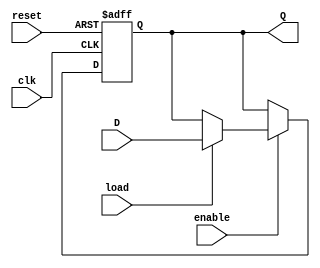
module ControlRegister (
    input wire clk,          // Clock signal
    input wire reset,        // Reset signal
    input wire load,         // Load signal
    input wire enable,       // Enable signal
    input wire [7:0] D,      // Data input (8-bit)
    output reg [7:0] Q       // Data output (8-bit)
);

    // Initial state of the register
    initial begin
        Q = 8'b0; // Default state
    end

    // Sequential logic for the control register
    always @(posedge clk or posedge reset) begin
        if (reset) begin
            Q <= 8'b0; // Clear the register on reset
        end else if (enable) begin
            if (load) begin
                Q <= D; // Load new data into the register
            end
            // If load is not asserted, retain the current value
        end
    end

endmodule